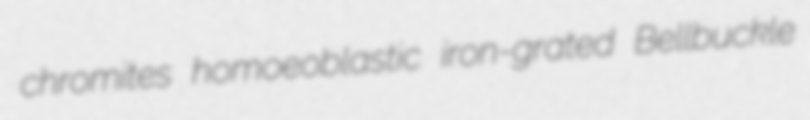
chromites homoeoblastic iron-grated Bellbuckle